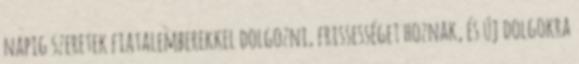
napig szeretek fiatalemberekkel dolgozni, frissességet hoznak, és új dolgokra